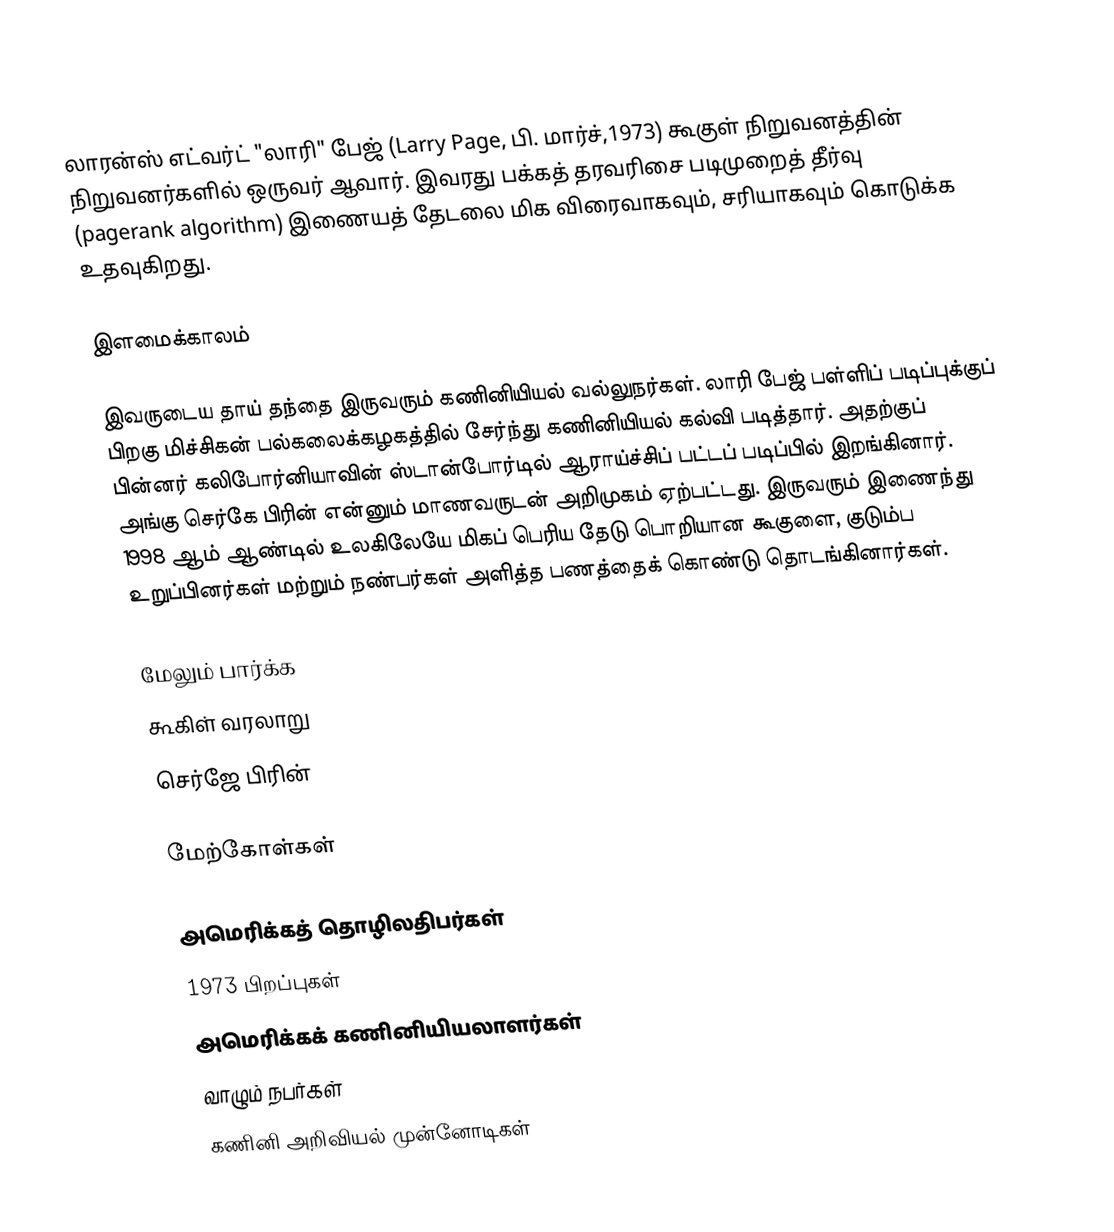
லாரன்ஸ் எட்வர்ட் "லாரி" பேஜ் (Larry Page, பி. மார்ச்,1973) கூகுள் நிறுவனத்தின் நிறுவனர்களில் ஒருவர் ஆவார். இவரது பக்கத் தரவரிசை படிமுறைத் தீர்வு (pagerank algorithm) இணையத் தேடலை மிக விரைவாகவும், சரியாகவும் கொடுக்க உதவுகிறது.

இளமைக்காலம்

இவருடைய தாய் தந்தை இருவரும் கணினியியல் வல்லுநர்கள். லாரி பேஜ் பள்ளிப் படிப்புக்குப் பிறகு மிச்சிகன் பல்கலைக்கழகத்தில் சேர்ந்து கணினியியல் கல்வி படித்தார். அதற்குப் பின்னர் கலிபோர்னியாவின் ஸ்டான்போர்டில் ஆராய்ச்சிப் பட்டப் படிப்பில் இறங்கினார். அங்கு செர்கே பிரின் என்னும் மாணவருடன் அறிமுகம் ஏற்பட்டது. இருவரும் இணைந்து 1998 ஆம் ஆண்டில் உலகிலேயே மிகப் பெரிய தேடு பொறியான கூகுளை, குடும்ப உறுப்பினர்கள் மற்றும் நண்பர்கள் அளித்த பணத்தைக் கொண்டு தொடங்கினார்கள்.

மேலும் பார்க்க
கூகிள் வரலாறு
செர்ஜே பிரின்

மேற்கோள்கள்

அமெரிக்கத் தொழிலதிபர்கள்
1973 பிறப்புகள்
அமெரிக்கக் கணினியியலாளர்கள்
வாழும் நபர்கள்
கணினி அறிவியல் முன்னோடிகள்